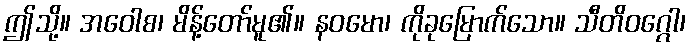
ဤသို့။ အဝေါစ၊ မိန့်တော်မူ၏။ နဝမော၊ ကိုခုမြောက်သော။ သီတိဝဂ္ဂေါ၊